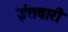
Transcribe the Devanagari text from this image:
ईतवारी